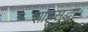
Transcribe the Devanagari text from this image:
शाहूसुद्धा